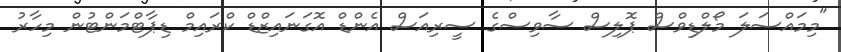
"މިމައްސަލަ މޯލްޑިވްސް ޕޮލިސް ސާވިސްގެ ސީރިއަސް އެންޑް އޮގަނައިޒްޑް ކްރައިމް ޑިޕާޓްމަންޓުން މިހާރު